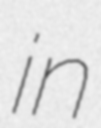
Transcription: in